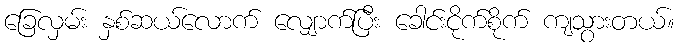
ခြေလှမ်း နှစ်ဆယ်လောက် လျှောက်ပြီး ခေါင်းငိုက်စိုက် ကျသွားတယ်။